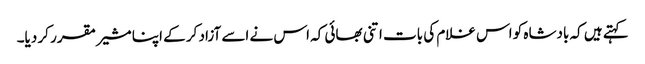
کہتے ہیں کہ بادشاہ کو اس غلام کی بات اتنی بھائی کہ اس نے اسے آزاد کر کے اپنا مشیر مقرر کر دیا۔